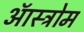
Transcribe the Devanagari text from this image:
ऑस्ट्रोम